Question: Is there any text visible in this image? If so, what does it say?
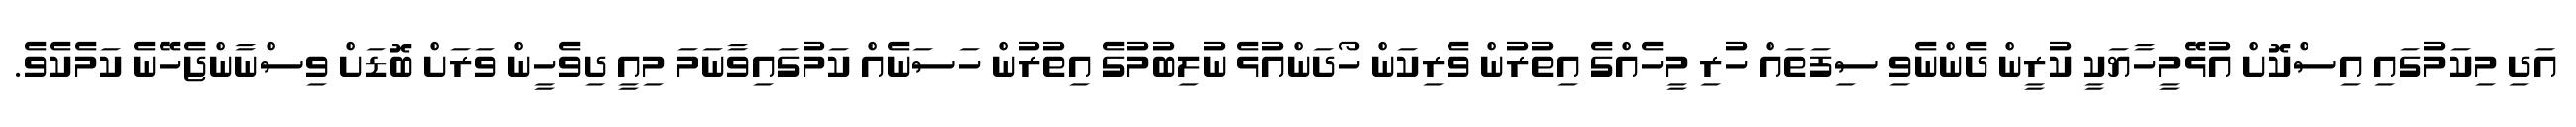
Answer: އަދި މިކަމުގައި އިސްކޮށް އުޅޭމީހާޔަކީ ކުރީން ދެންނެވި ސިފަތައް ހުރި މީހެއްގެ އިތުރުން ވެރިކަން ހޯދަންއުޅެ ނުލިބުމުގެ އިތުރުން ހަސަނެއް ކަމުގައިވާނަމަ މިއީ ދިވެހީން ވަރަށް ބޮޑަށް ވިސްނާންޖެހޭނެ ކަމެކެވެ.